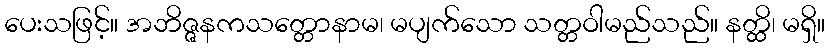
ပေးသဖြင့်။ အဘိဇ္ဇနကသတ္တောနာမ၊ မပျက်သော သတ္တဝါမည်သည်။ နတ္ထိ၊ မရှိ။